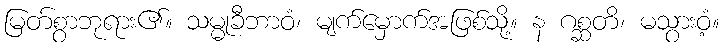
မြတ်စွာဘုရား၏။ သမ္မုခီဘာဝံ၊ မျက်မှောက်အဖြစ်သို့။ န ဂစ္ဆတိ၊ မသွားဝံ့။